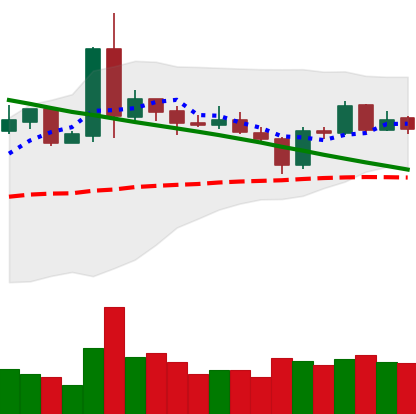
Ticker: NEO-USD
Chart end date: 2019-03-10
Forward return: 5.113%
Label: up_5_7